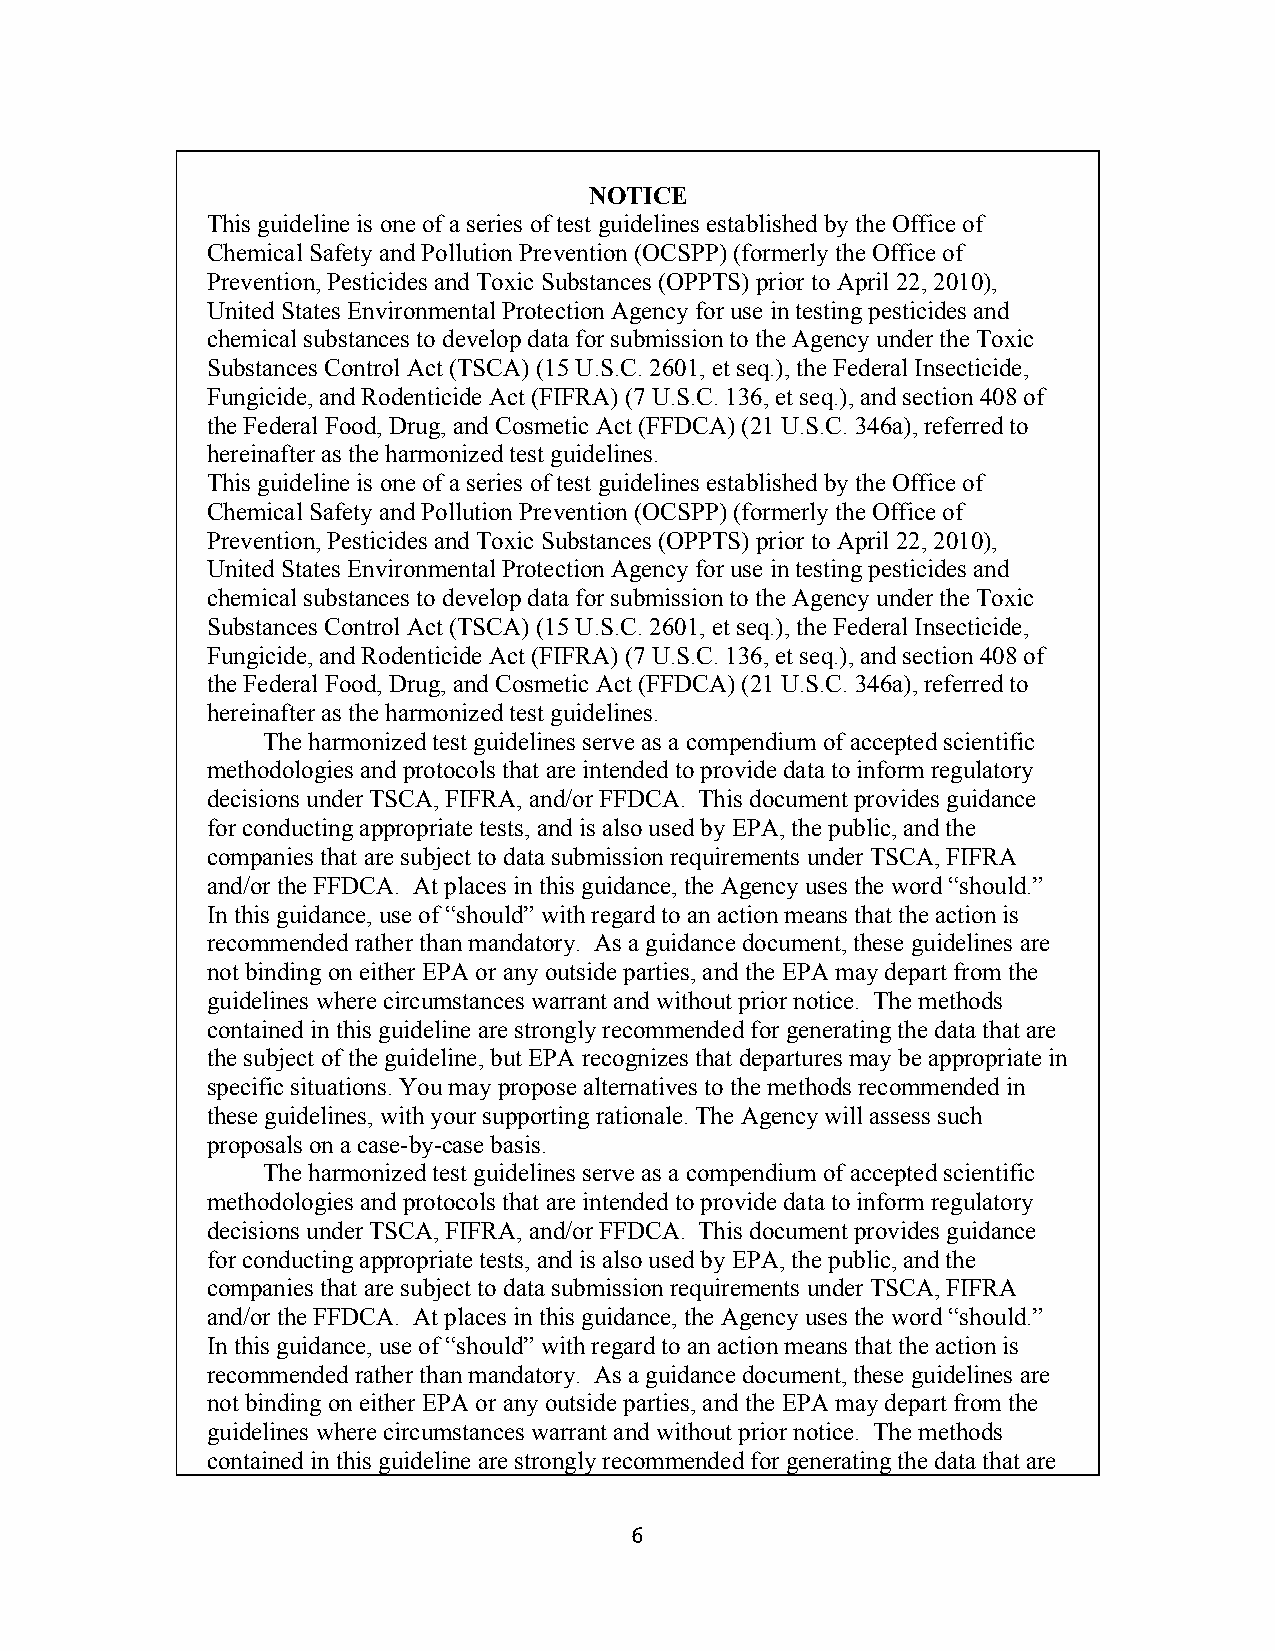
NOTICE
 This guideline is one of a series of test guidelines established by the Office of
 Chemical Safety and Pollution Prevention (OCSPP) (formerly the Office of
 Prevention, Pesticides and Toxic Substances (OPPTS) prior to April 22, 2010),
 United States Environmental Protection Agency for use in testing pesticides and
 chemical substances to develop data for submission to the Agency under the Toxic
 Substances Control Act (TSCA) (15 U.S.C. 2601, et seq.), the Federal Insecticide,
 Fungicide, and Rodenticide Act (FIFRA) (7 U.S.C. 136, et seq.), and section 408 of
 the Federal Food, Drug, and Cosmetic Act (FFDCA) (21 U.S.C. 346a), referred to
 hereinafter as the harmonized test guidelines.
 This guideline is one of a series of test guidelines established by the Office of
 Chemical Safety and Pollution Prevention (OCSPP) (formerly the Office of
 Prevention, Pesticides and Toxic Substances (OPPTS) prior to April 22, 2010),
 United States Environmental Protection Agency for use in testing pesticides and
 chemical substances to develop data for submission to the Agency under the Toxic
 Substances Control Act (TSCA) (15 U.S.C. 2601, et seq.), the Federal Insecticide,
 Fungicide, and Rodenticide Act (FIFRA) (7 U.S.C. 136, et seq.), and section 408 of
 the Federal Food, Drug, and Cosmetic Act (FFDCA) (21 U.S.C. 346a), referred to
 hereinafter as the harmonized test guidelines.
 The harmonized test guidelines serve as a compendium of accepted scientific
 methodologies and protocols that are intended to provide data to inform regulatory
 decisions under TSCA, FIFRA, and/or FFDCA. This document provides guidance
 for conducting appropriate tests, and is also used by EPA, the public, and the
 companies that are subject to data submission requirements under TSCA, FIFRA
 and/or the FFDCA. At places in this guidance, the Agency uses the word “should.”
 In this guidance, use of “should” with regard to an action means that the action is
 recommended rather than mandatory. As a guidance document, these guidelines are
 not binding on either EPA or any outside parties, and the EPA may depart from the
 guidelines where circumstances warrant and without prior notice. The methods
 contained in this guideline are strongly recommended for generating the data that are
 the subject of the guideline, but EPA recognizes that departures may be appropriate in
 specific situations. You may propose alternatives to the methods recommended in
 these guidelines, with your supporting rationale. The Agency will assess such
 proposals on a case-by-case basis.
 The harmonized test guidelines serve as a compendium of accepted scientific
 methodologies and protocols that are intended to provide data to inform regulatory
 decisions under TSCA, FIFRA, and/or FFDCA. This document provides guidance
 for conducting appropriate tests, and is also used by EPA, the public, and the
 companies that are subject to data submission requirements under TSCA, FIFRA
 and/or the FFDCA. At places in this guidance, the Agency uses the word “should.”
 In this guidance, use of “should” with regard to an action means that the action is
 recommended rather than mandatory. As a guidance document, these guidelines are
 not binding on either EPA or any outside parties, and the EPA may depart from the
 guidelines where circumstances warrant and without prior notice. The methods
 contained in this guideline are strongly recommended for generating the data that are
 6